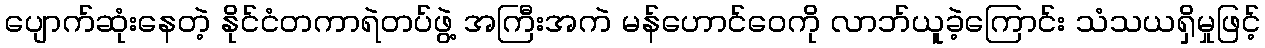
ပျောက်ဆုံးနေတဲ့ နိုင်ငံတကာရဲတပ်ဖွဲ့ အကြီးအကဲ မန်ဟောင်ဝေကို လာဘ်ယူခဲ့ကြောင်း သံသယရှိမှုဖြင့်